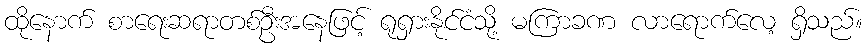
ထိုနောက် စာရေးဆရာတစ်ဦးအနေဖြင့် ရုရှားနိုင်ငံသို့ မကြာခဏ လာရောက်လေ့ ရှိသည်။